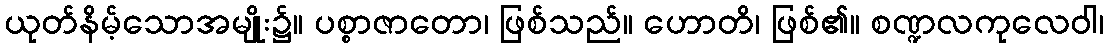
ယုတ်နိမ့်သောအမျိုး၌။ ပစ္စာဇာတော၊ ဖြစ်သည်။ ဟောတိ၊ ဖြစ်၏။ စဏ္ဍလကုလေဝါ၊